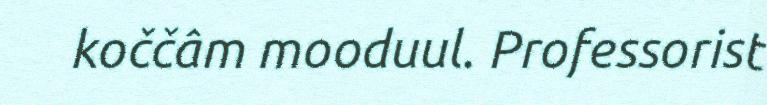
koččâm mooduul. Professorist